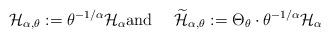
LaTeX: \begin{align*}\mathcal{H}_{\alpha,\theta}:=\theta^{-1/\alpha}\mathcal{H}_{\alpha}\text{and \quad}\widetilde{\mathcal{H}}_{\alpha,\theta}:=\Theta_{\theta}\cdot\theta^{-1/\alpha}\mathcal{H}_{\alpha}\end{align*}